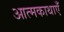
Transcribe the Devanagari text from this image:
आत्मकाथाएँ